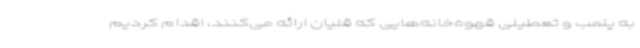
به پلمب و تعطیلی قهوه‌خانه‌هایی که قلیان ارائه می‌کنند، اقدام کردیم